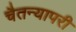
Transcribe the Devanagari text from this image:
चैतन्यापरी